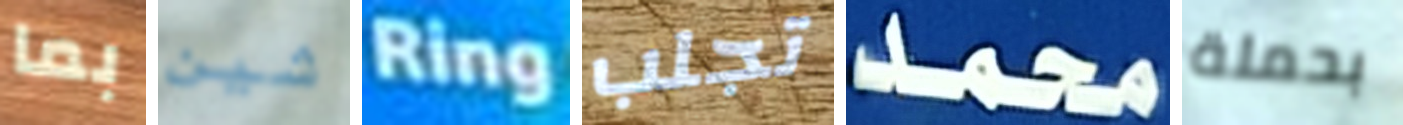
بما شين Ring تجلب محمد بحملة